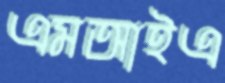
এমআইএ